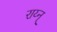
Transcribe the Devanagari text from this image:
राय्न्